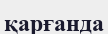
қарғанда